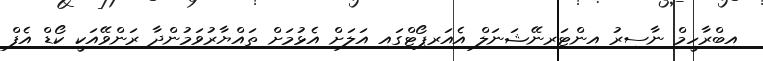
އިބްރާހީމް ނާސިރު އިންޓަރނޭޝަނަލް އެއަރޕޯޓްގައި އަލަށް އެޅުމަށް ތައްޔާރުވަމުންދާ ރަންވޭއަކީ ކޯޑް އެފް